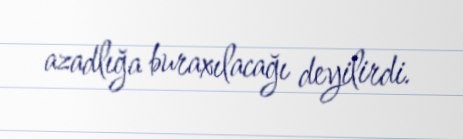
azadlığa buraxılacağı deyilirdi.